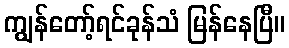
ကျွန်တော့်ရင်ခုန်သံ မြန်နေပြီ။